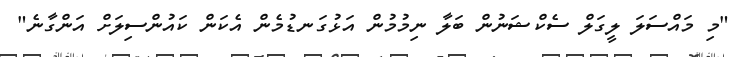
"މި މައްސަލަ ލީގަލް ސެކްޝަނުން ބަލާ ނިމުމުން އަޅުގަނޑުމެން އެކަން ކައުންސިލަށް އަންގާނެ"